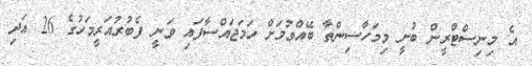
އެ މިނިސްްޓްރީން ބުނީ މިމަހާސިންތާ ބޭއްވުމަށް ހަމަޖައްސާފައި ވަނީ ފެބުރުއަރީމަހުގެ 26 އަދި